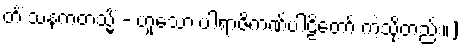
တိံ သနကတသ္မိံ - ဟူသော ပါရာဇိကဏ်ပါဠိတော် ကဲ့သို့တည်း။]